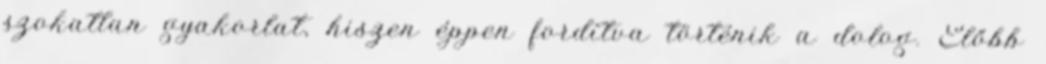
szokatlan gyakorlat, hiszen éppen fordítva történik a dolog. Előbb